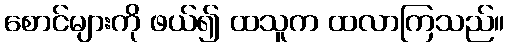
စောင်များကို ဖယ်၍ ထသူက ထလာကြသည်။